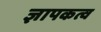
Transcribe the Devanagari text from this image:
ज्ञापकत्व